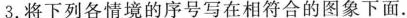
3. 将下列各情境的序号写在相符合的图象下面.